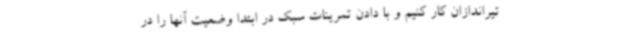
تیراندازان کار کنیم و با دادن تمرینات سبک در ابتدا وضعیت آنها را در